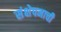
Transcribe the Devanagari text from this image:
संक्षेपनाची